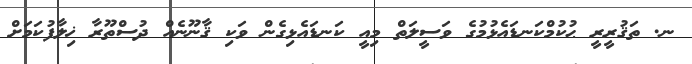
ނ. ތަޤުރީރީ ޙުކުމްކަނޑައެޅުމުގެ ވަސީލަތް މިއީ ކަނޑައެޅިގެން ވަކި ޤާނޫނެއް ދުސްތޫރާ ޚިލާފުކަމަށް